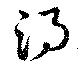
湯